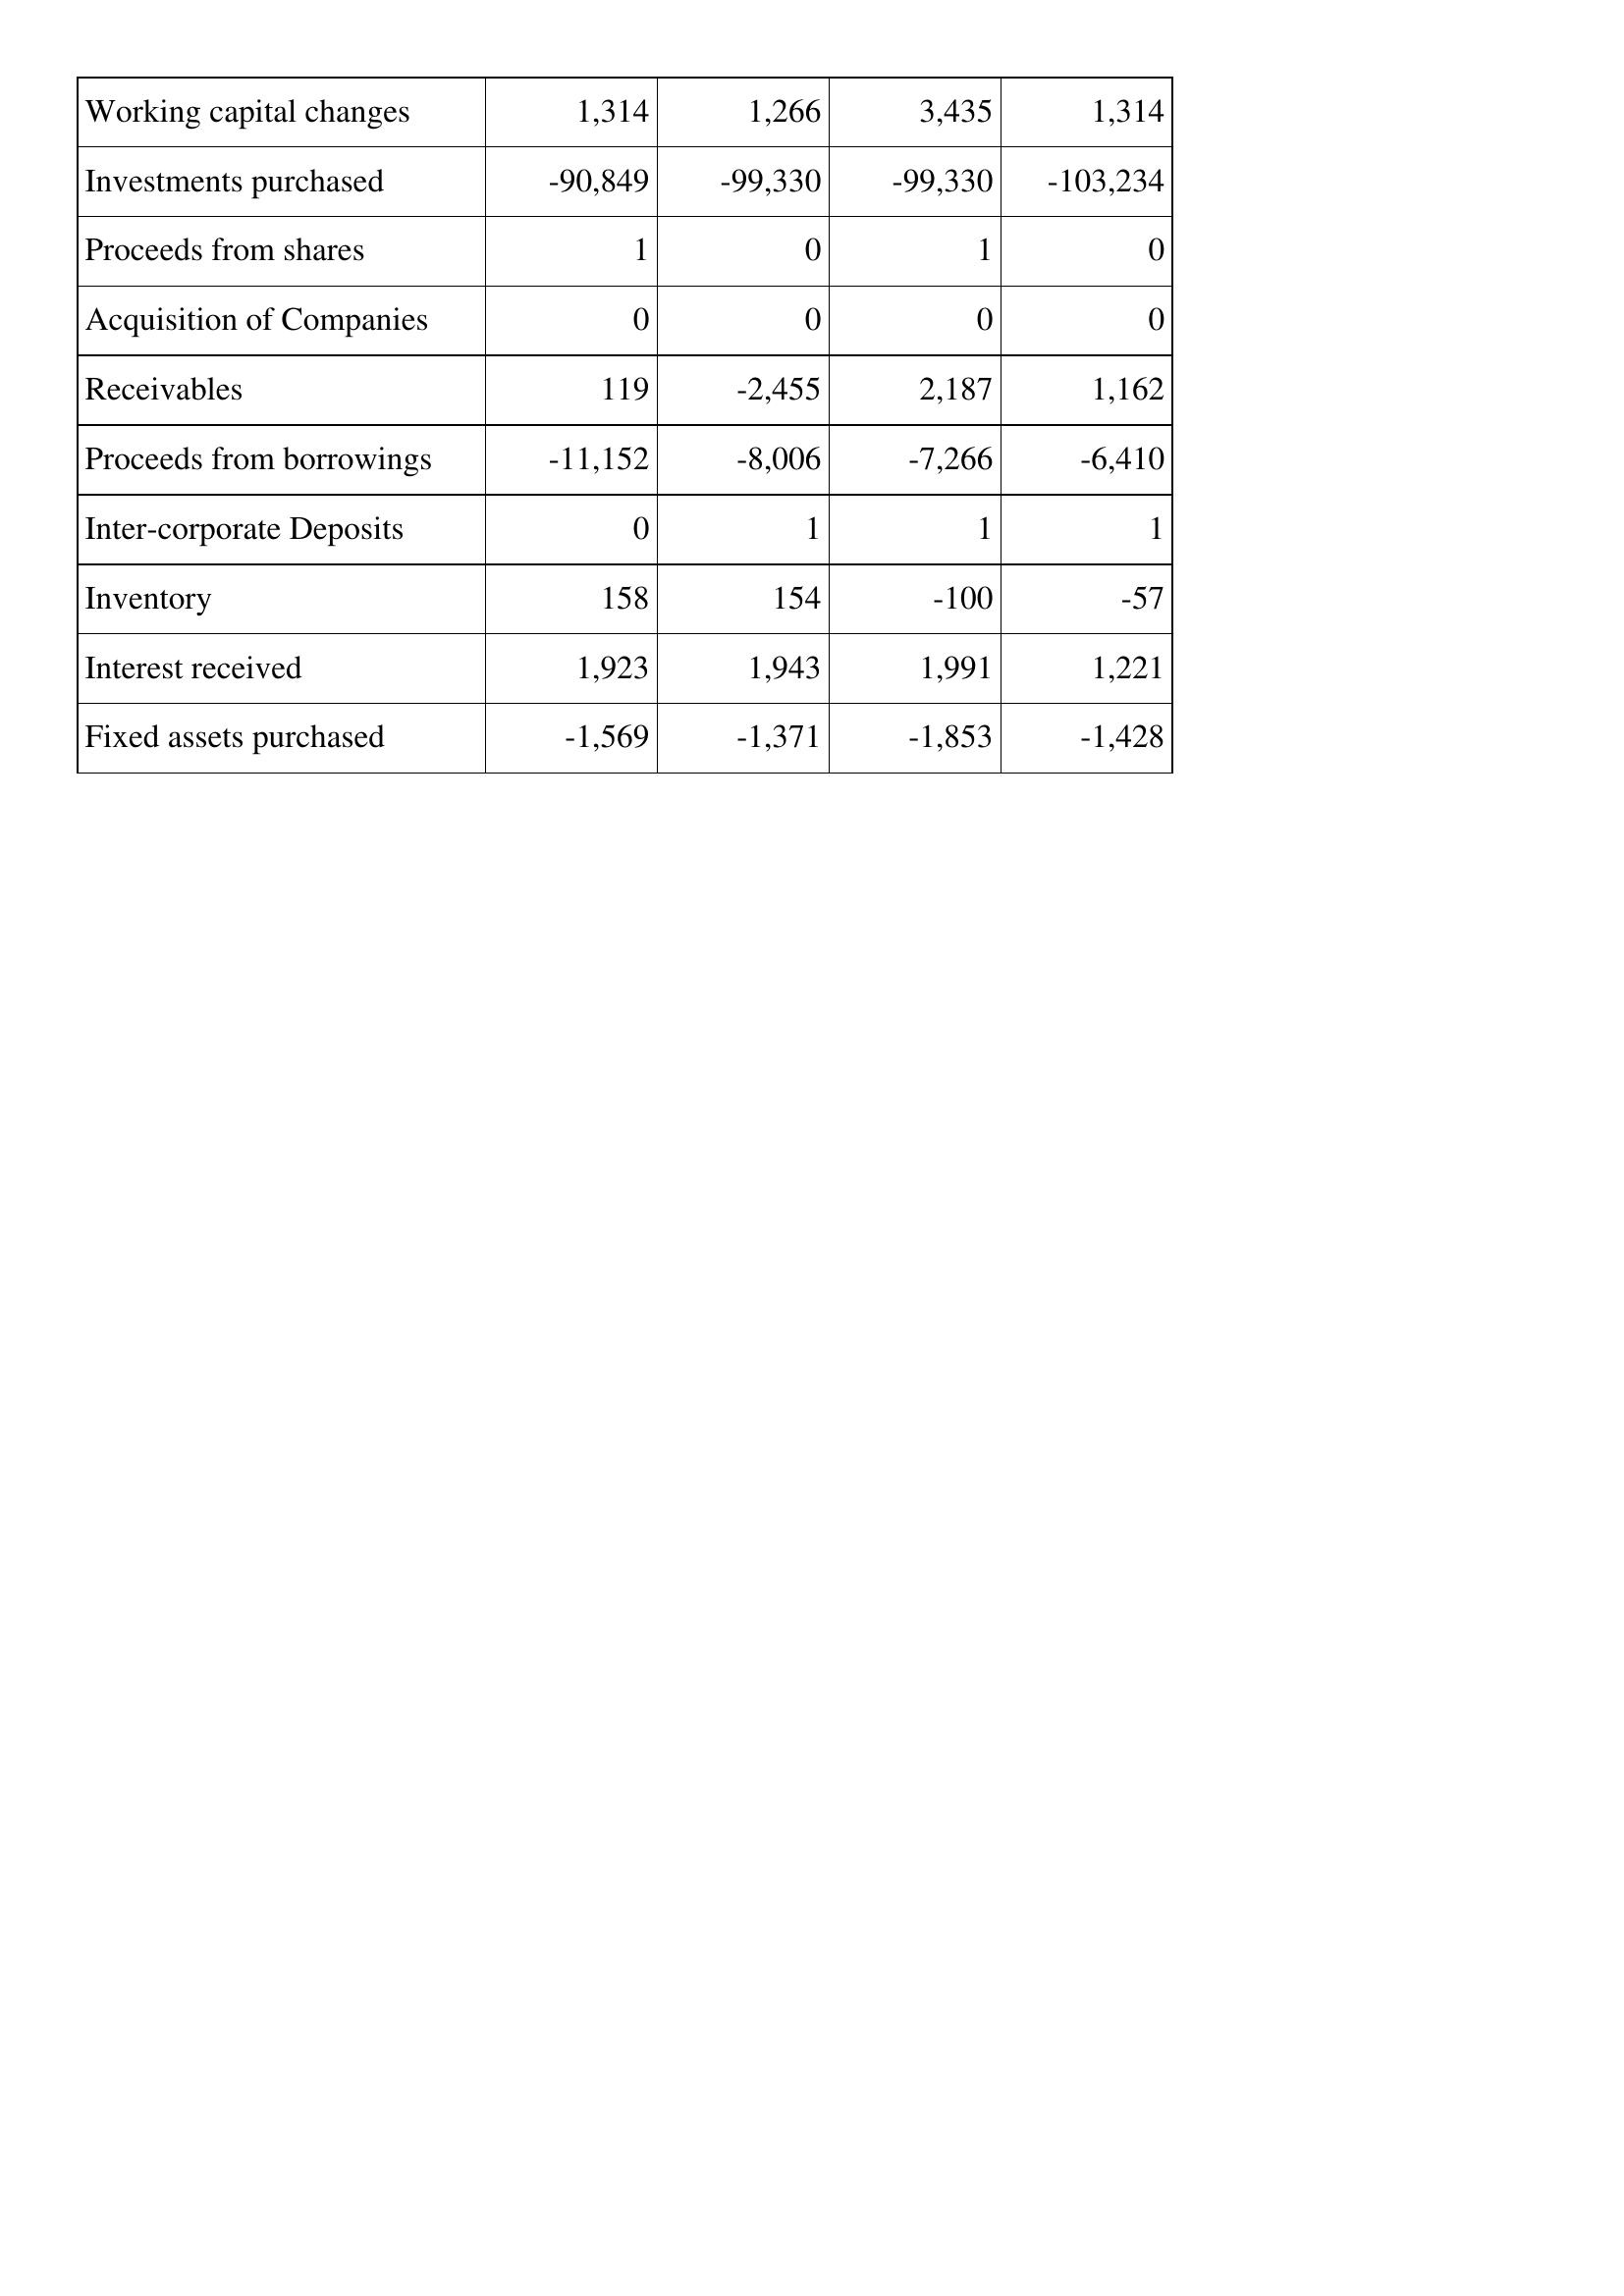
Dec-10: Cash Flows: Working capital changes: 1,314
Investments purchased: -90,849
Proceeds from shares: 1
Acquisition of Companies: 0
Receivables: 119
Proceeds from borrowings: -11,152
Inter-corporate Deposits: 0
Inventory: 158
Interest received: 1,923
Fixed assets purchased: -1,569
Dec-09: Cash Flows: Working capital changes: 1,266
Investments purchased: -99,330
Proceeds from shares: 0
Acquisition of Companies: 0
Receivables: -2,455
Proceeds from borrowings: -8,006
Inter-corporate Deposits: 1
Inventory: 154
Interest received: 1,943
Fixed assets purchased: -1,371
Dec-08: Cash Flows: Working capital changes: 3,435
Investments purchased: -99,330
Proceeds from shares: 1
Acquisition of Companies: 0
Receivables: 2,187
Proceeds from borrowings: -7,266
Inter-corporate Deposits: 1
Inventory: -100
Interest received: 1,991
Fixed assets purchased: -1,853
Dec-07: Cash Flows: Working capital changes: 1,314
Investments purchased: -103,234
Proceeds from shares: 0
Acquisition of Companies: 0
Receivables: 1,162
Proceeds from borrowings: -6,410
Inter-corporate Deposits: 1
Inventory: -57
Interest received: 1,221
Fixed assets purchased: -1,428